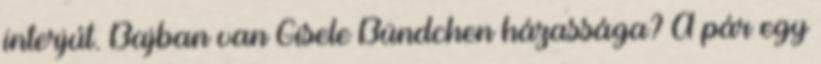
interjút. Bajban van Gisele Bündchen házassága? A pár egy